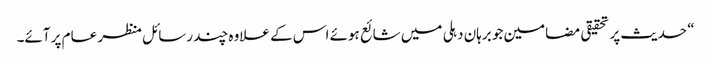
“ حدیث پر تحقیقی مضامین جو برہان دہلی میں شائع ہوئے اس کے علاوہ چند رسائل منظر عام پر آئے۔